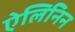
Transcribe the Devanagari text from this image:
ऐलिनिन